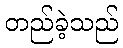
တည်ခဲ့သည်